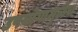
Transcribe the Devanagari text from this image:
उपयोगामुळेच